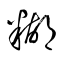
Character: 糊